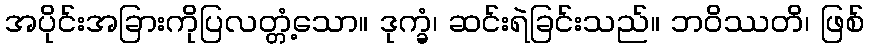
အပိုင်းအခြားကိုပြလတ္တံ့သော။ ဒုက္ခံ၊ ဆင်းရဲခြင်းသည်။ ဘဝိဿတိ၊ ဖြစ်